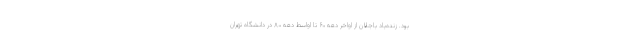
بود. زنده‌یاد باجلان از اواخر دهه ۶۰ تا اواسط دهه ۸۰ در دانشگاه تهران